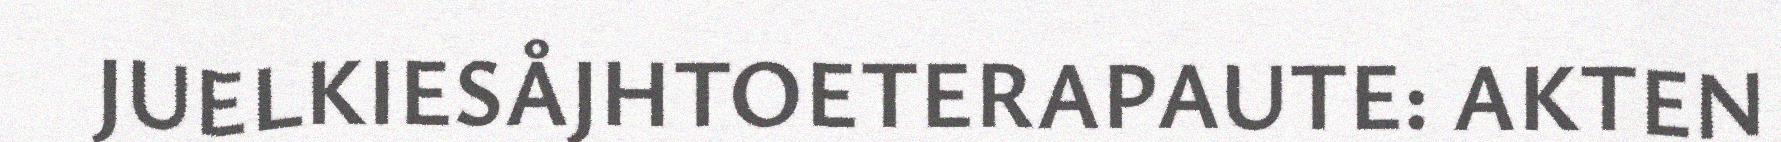
JUELKIESÅJHTOETERAPAUTE: AKTEN